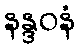
နန္ဒဝနံ